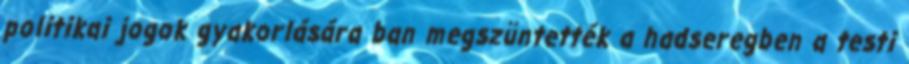
politikai jogok gyakorlására ban megszüntették a hadseregben a testi